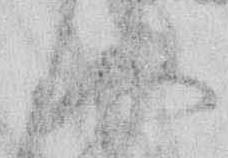
存